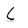
Character: C